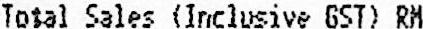
TOTAL SALES (INCLUSIVE GST) RM